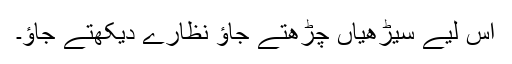
اس لیے سیڑھیاں چڑھتے جاؤ نظارے دیکھتے جاؤ۔